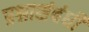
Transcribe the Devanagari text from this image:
प्रश्नासंबंधी